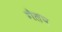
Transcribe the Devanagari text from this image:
गेल़प